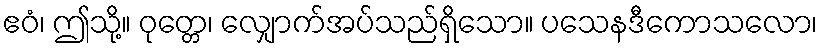
ဧဝံ၊ ဤသို့။ ဝုတ္တေ၊ လျှောက်အပ်သည်ရှိသော။ ပသေနဒီကောသလော၊